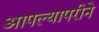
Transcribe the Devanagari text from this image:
आपल्यापरीने